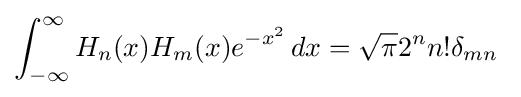
\int _{-\infty }^{\infty }H_{n}(x)H_{m}(x)e^{-x^{2}}\,dx={\sqrt {\pi }}2^{n}n!\delta _{mn}~